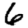
Digit: 6